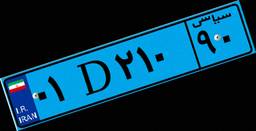
۵۰D۹۱۸۱۵